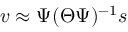
\boldsymbol { v } \approx \boldsymbol { \Psi } ( \boldsymbol { \Theta } \boldsymbol { \Psi } ) ^ { - 1 } \boldsymbol { s }